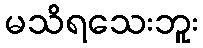
မသိရသေးဘူး